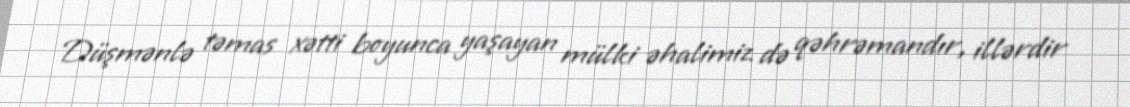
Düşmənlə təmas xətti boyunca yaşayan mülki əhalimiz də qəhrəmandır, illərdir